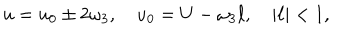
LaTeX: u = u _ { 0 } \pm 2 \omega _ { 3 } , \quad u _ { 0 } = U - \omega _ { 3 } \ell , \quad | \ell | < 1 ,